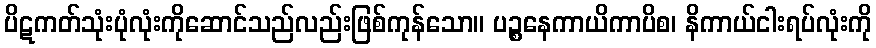
ပိဋကတ်သုံးပုံလုံးကိုဆောင်သည်လည်းဖြစ်ကုန်သော။ ပဉ္စနေကာယိကာပိစ၊ နိကာယ်ငါးရပ်လုံးကို